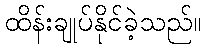
ထိန်းချုပ်နိုင်ခဲ့သည်။